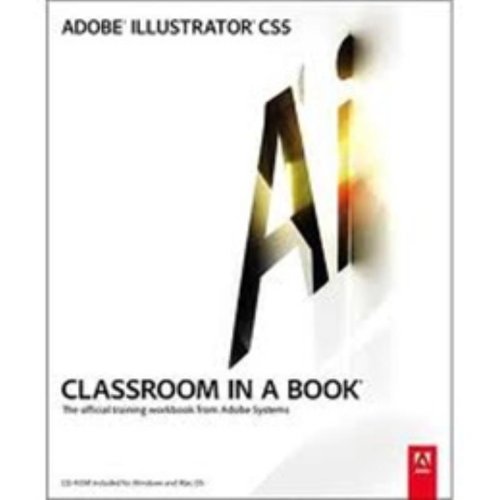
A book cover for Adobe Illustrator CS5 Classroom in a Book; Adobe Creative Team; Computers & Technology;